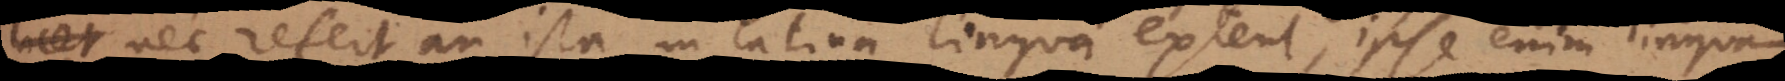
riga. Nec refert an ista in latina lingua extent, ipse enim linguam